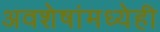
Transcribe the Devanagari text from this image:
अवशेषांमध्येही